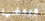
وبعضها